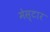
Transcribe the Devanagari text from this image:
मेस्टार